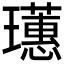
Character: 𤫃